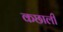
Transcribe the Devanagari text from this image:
कछाली